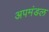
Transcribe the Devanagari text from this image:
अपमंडल